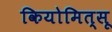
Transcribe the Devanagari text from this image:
कियोमित्सू